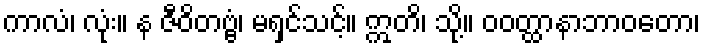
ကာလံ၊ လုံး။ န ဇီဝိတဗ္ဗံ၊ မရှင်သင့်။ ဣတိ၊ သို့။ ဝဝတ္ထာနာဘာဝတော၊